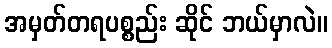
အမှတ်တရပစ္စည်း ဆိုင် ဘယ်မှာလဲ။